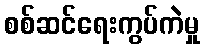
စစ်ဆင်ရေးကွပ်ကဲမှု